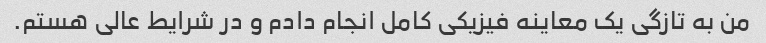
من به تازگی یک معاینه فیزیکی کامل انجام دادم و در شرایط عالی هستم.